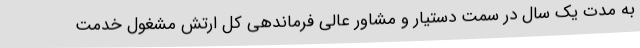
به مدت یک سال در سمت دستیار و مشاور عالی فرماندهی کل ارتش مشغول خدمت